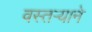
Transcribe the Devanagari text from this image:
वस्तर्‍याने